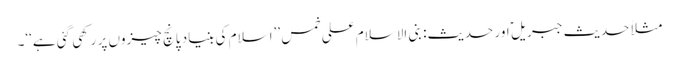
مثلاً حدیث جبریل ؑ اور حدیث: بنی الاسلام علی خمس ’’اسلام کی بنیاد پانچ چیزوں پر رکھی گئی ہے‘‘۔